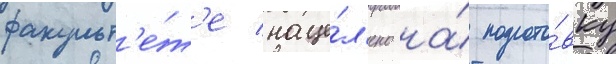
факульт'е́т'е наце́л'ено на́ подгото́вку